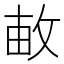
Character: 𢽒